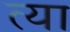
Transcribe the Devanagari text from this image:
त्या